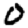
Digit: 0